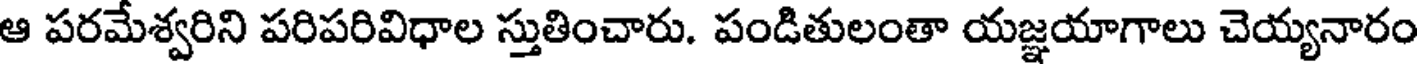
ఆ పరమేశ్వరిని పరిపరివిధాల స్తుతించారు. పండితులంతా యజ్ఞయాగాలు చెయ్యనారం